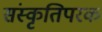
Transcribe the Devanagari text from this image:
संस्कृतिपरक